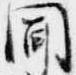
聞